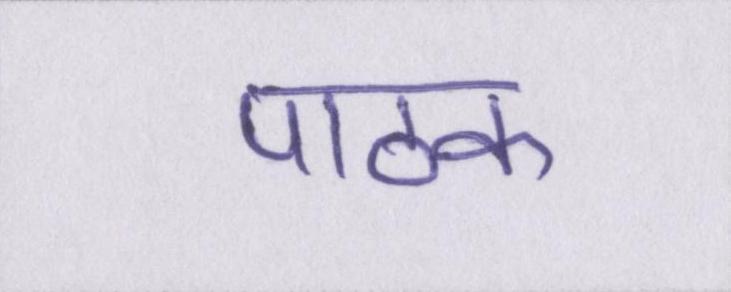
पाठक